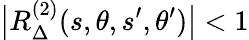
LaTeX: \big|R_{\Delta}^{(2)}(s,\theta,s^{\prime},\theta^{\prime})\big|<1